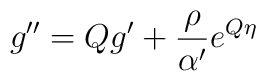
g'' = Qg' + \frac{\rho}{\alpha'} e^{Q\eta}